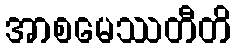
အာစမေဿတီတိ